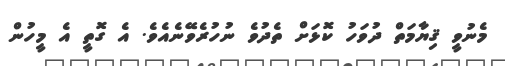
މެނުވީ ޤިޔާމަތް ދުވަހު ކޮޅަށް ތެދުވެ ނުހުރެވޭނެއެވެ. އެ ގޮތީ އެ މީހުން